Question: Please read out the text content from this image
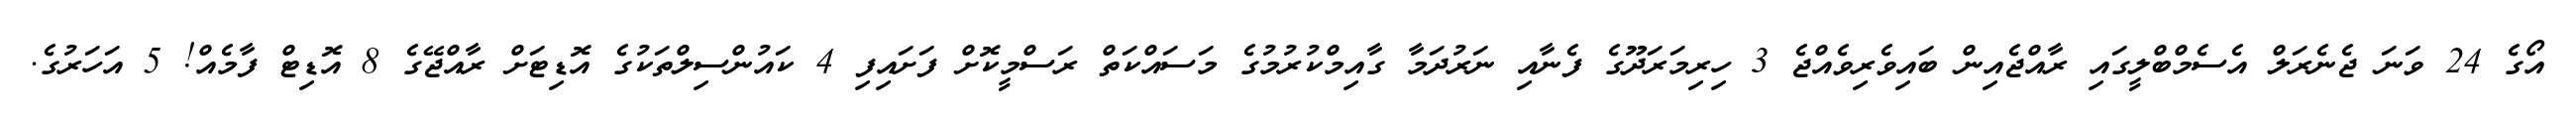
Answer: އޯގެ 24 ވަނަ ޖެނެރަލް އެސެމްބްލީގައި ރާއްޖެއިން ބައިވެރިވެއްޖެ 3 ހިރިމަރަދޫގެ ފެނާއި ނަރުދަމާ ގާއިމްކުރުމުގެ މަސައްކަތް ރަސްމީކޮށް ފަށައިފި 4 ކައުންސިލްތަކުގެ އޮޑިޓަށް ރާއްޖޭގެ 8 އޮޑިޓް ފާމެއް! 5 އަހަރުގެ.